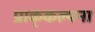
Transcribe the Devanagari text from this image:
प्राक्‌कल्पना